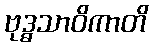
ဗုဒ္ဓသာဝိကာတိ